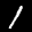
Label: 1